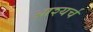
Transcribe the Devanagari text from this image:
आश्यर्च